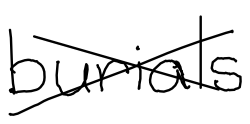
Text: burials
Cross-out: cross
Writing tool: digital_black